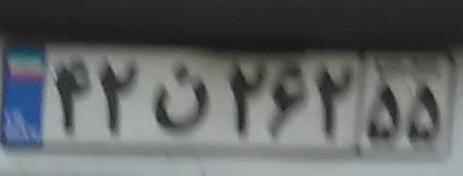
۴۲ن۲۶۲۵۵